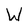
Character: W